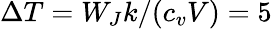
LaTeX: \Delta T=W_{J}k/(c_{v}V)=5